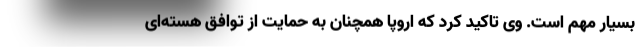
بسیار مهم است. وی تاکید کرد که اروپا همچنان به حمایت از توافق هسته‌ای